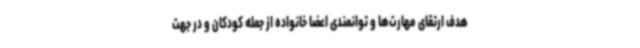
هدف ارتقای مهارت‌ها و توانمندی اعضا خانواده از جمله کودکان و در جهت